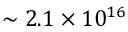
\sim 2 . 1 \times 1 0 ^ { 1 6 }